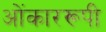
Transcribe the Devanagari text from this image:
ओंकाररूपी